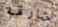
خارقة